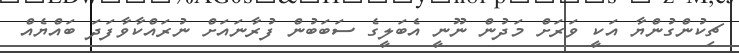
ޗިކުންގުންޔާ އަކީ ވަރަށް މަދުން ނޫނީ އެބަލީގެ ސަބަބުން ފުރާނައަށް ނުރައްކާވާފަދަ ބައްޔެއް